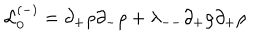
LaTeX: { \cal L } _ { 0 } ^ { ( - ) } = \partial _ { + } \rho \partial _ { - } \rho + \lambda _ { -- } \partial _ { + } \rho \partial _ { + } \rho